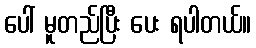
ပေါ် မူတည်ပြီး ပေး ရပါတယ်။